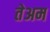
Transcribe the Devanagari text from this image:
तेअम